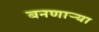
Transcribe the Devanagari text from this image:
बनणार्‍या